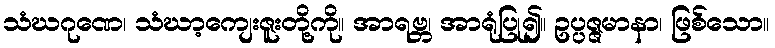
သံဃဂုဏေ၊ သံဃာ့ကျေးဇူးတို့ကို။ အာရဗ္ဘ၊ အာရုံပြု၍။ ဥပ္ပဇ္ဇမာနာ၊ ဖြစ်သော။